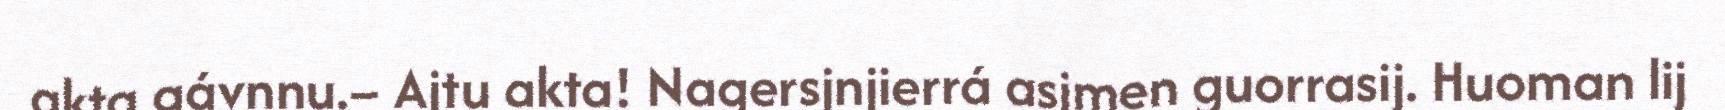
akta gávnnu.– Ajtu akta! Nagersjnjierrá asjmen guorrasij. Huoman lij